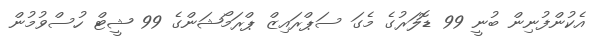
އެކުންފުނިން ބުނީ 99 ޑޮލަރުގެ މެގަ ސަޕްރައިޒް ޕްރަމޯޝަންގެ 99 ޝީޓް ހުސްވުމުން